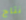
نتاج